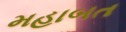
મહાબત